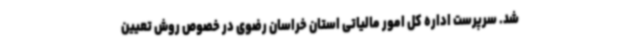
شد. سرپرست اداره کل امور مالیاتی استان خراسان رضوی در خصوص روش تعیین